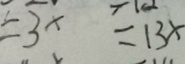
= 3 x = 1 3 x